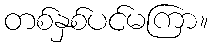
တစ်နှစ်ပင်မကြာ။